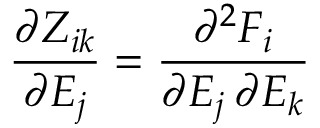
\frac { \partial Z _ { i k } } { \partial E _ { j } } = \frac { \partial ^ { 2 } F _ { i } } { \partial E _ { j } \, \partial E _ { k } }